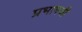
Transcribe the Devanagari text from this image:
प्रभागजी